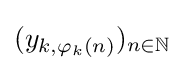
(y_{k,\varphi _{k}(n)})_{n\in \mathbb {N} }